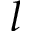
l